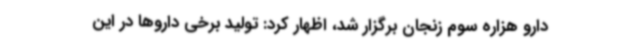
دارو هزاره سوم زنجان برگزار شد، اظهار کرد: تولید برخی داروها در این